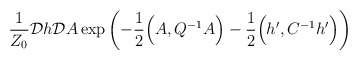
\begin{align*}\frac{1}{Z_0} {\cal D}h {\cal D}A\exp\left( -\frac{1}{2} \Big(A,Q^{-1} A \Big) -\frac{1}{2}\Big(h^\prime,C^{-1} h^\prime\Big)\right)\end{align*}